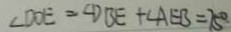
\angle D O E = \angle D B E + \angle A E B = 7 5 ^ { \circ }